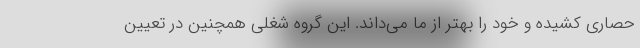
حصاری کشیده و خود را بهتر از ما می‌داند. این گروه شغلی همچنین در تعیین